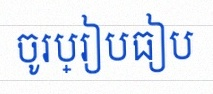
ចូរប្រៀបធៀប